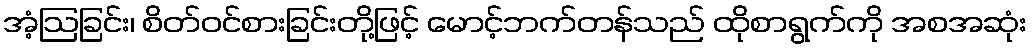
အံ့ဩခြင်း၊ စိတ်ဝင်စားခြင်းတို့ဖြင့် မောင့်ဘက်တန်သည် ထိုစာရွက်ကို အစအဆုံး